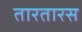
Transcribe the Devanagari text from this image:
तारतारस